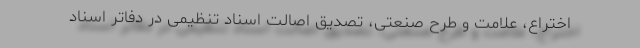
اختراع، علامت و طرح صنعتی، تصدیق اصالت اسناد تنظیمی در دفاتر اسناد